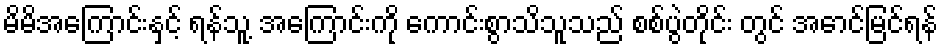
မိမိအကြောင်းနှင့် ရန်သူ့ အကြောင်းကို ကောင်းစွာသိသူသည် စစ်ပွဲတိုင်း တွင် အောင်မြင်ရန်